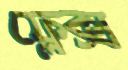
ফ্লেক্স